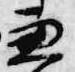
兼